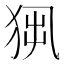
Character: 𤞁